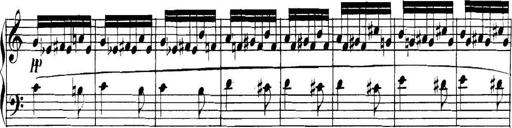
Title: Collected Piano Sonatas
Composer: Muzio Clementi